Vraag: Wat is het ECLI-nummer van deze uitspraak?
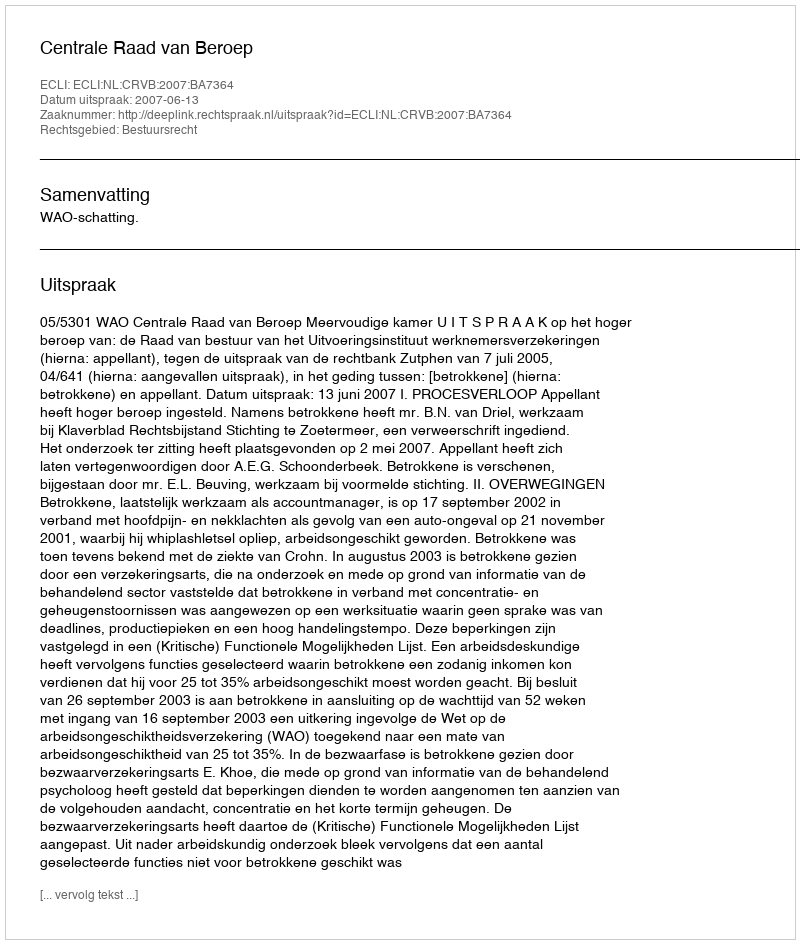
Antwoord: ECLI:NL:CRVB:2007:BA7364